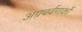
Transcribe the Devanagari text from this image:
अग्रचर्वणकों